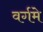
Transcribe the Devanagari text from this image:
वर्गमे